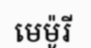
មេម៉ូរី